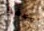
وفقط